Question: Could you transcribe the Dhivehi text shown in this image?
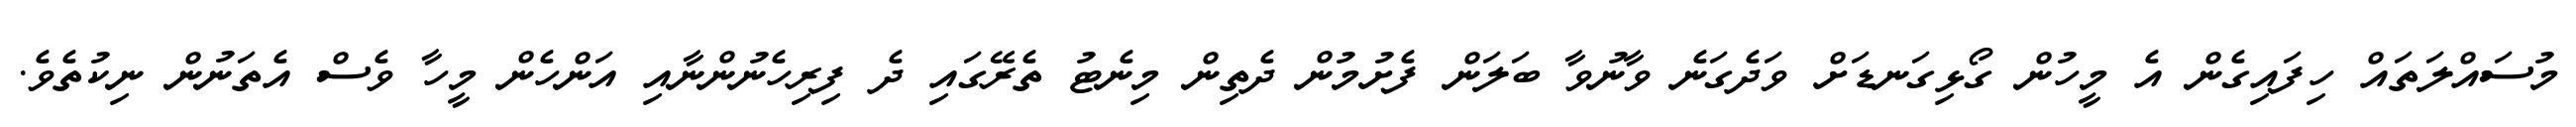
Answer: މުސައްލަތައް ހިފައިގެން އެ މީހުން ގޯޅިގަނޑަށް ވަދެގަނެ ވާނުވާ ބަލަން ފެށުމުން ދެތިން މިނެޓު ތެރޭގައި ދެ ފިރިހެނުންނާއި އަންހެން މީހާ ވެސް އެތަނުން ނިކުތެވެ.